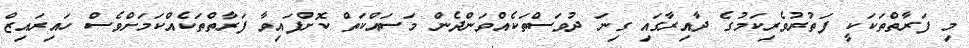
މި ފަރާތްތަކަކީ ފަތުރުވެރިކަމުގެ ދާއިރާގައި ގިނަ ދުވަސްތަކެއްވަންދެން މަސައްކަތް ކޮށްފައިވާ ފަރާތްތަކެއްކަމަށްވެސް ހައިރައިޒް